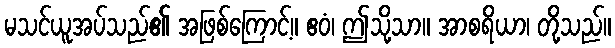
မသင်ယူအပ်သည်၏ အဖြစ်ကြောင့်။ ဧဝံ၊ ဤသို့သာ။ အာစရိယာ၊ တို့သည်။